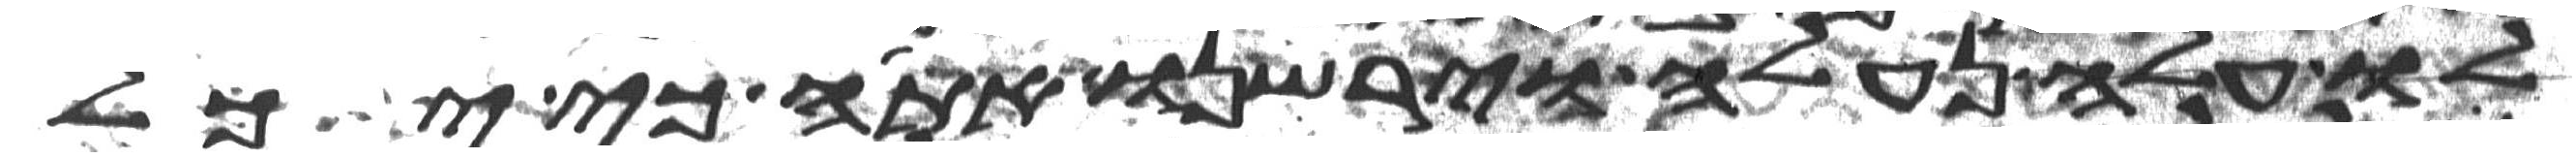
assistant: לו עלה נעלה וירשנו אתה כי יכל